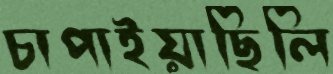
চাপাইয়াছিলি